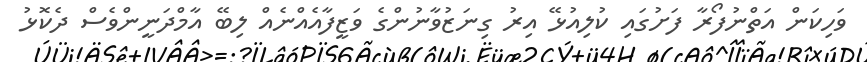
ވަހިކަން އަތްނުފޯރާ ފަށުގައި ކުލިއުޅޭ އިރު ގިނަޒުވާނުންގެ ވަޒީފާއެއްނެއް ލިބޭ އާމްދަނީންވެސް ދެކޮޅު